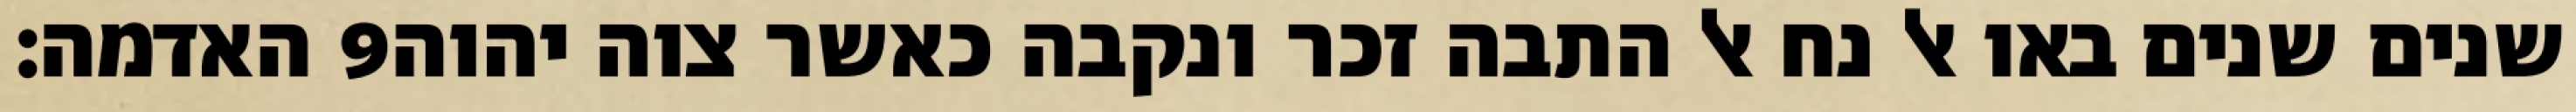
האדמה׃ ‎9‏ שנים שנים באו אל נח אל התבה זכר ונקבה כאשר צוה יהוה